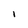
Character: l